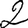
Digit: 2